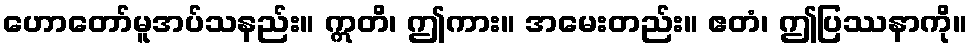
ဟောတော်မူအပ်သနည်း။ ဣတိ၊ ဤကား။ အမေးတည်း။ ဧတံ၊ ဤပြဿနာကို။